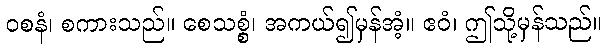
ဝစနံ၊ စကားသည်။ စေသစ္စံ၊ အကယ်၍မှန်အံ့။ ဧဝံ၊ ဤသို့မှန်သည်။